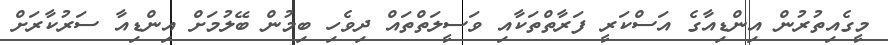
މީގެއިތުރުން އިންޑިއާގެ އަސްކަރީ ފަރާތްތަކާއި ވަސީލަތްތައް ދިވެހި ބިމުން ބޭލުމަށް އިންޑިއާ ސަރުކާރަށް